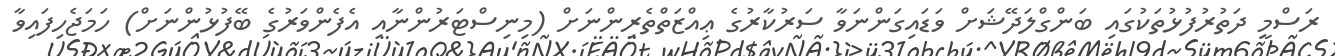
ރަސްމީ ދަތުރުފުޅުތަކުގައި ބަންގްލަދޭޝަށް ވަޑައިގަންނަވާ ސަރުކާރުގެ ޢިއްޒަތްތެރިންނަށް (މިނިސްޓަރުންނާއި އެފެންވަރުގެ ބޭފުޅުންނަށް) ހަމަޖެހިފައިވާ